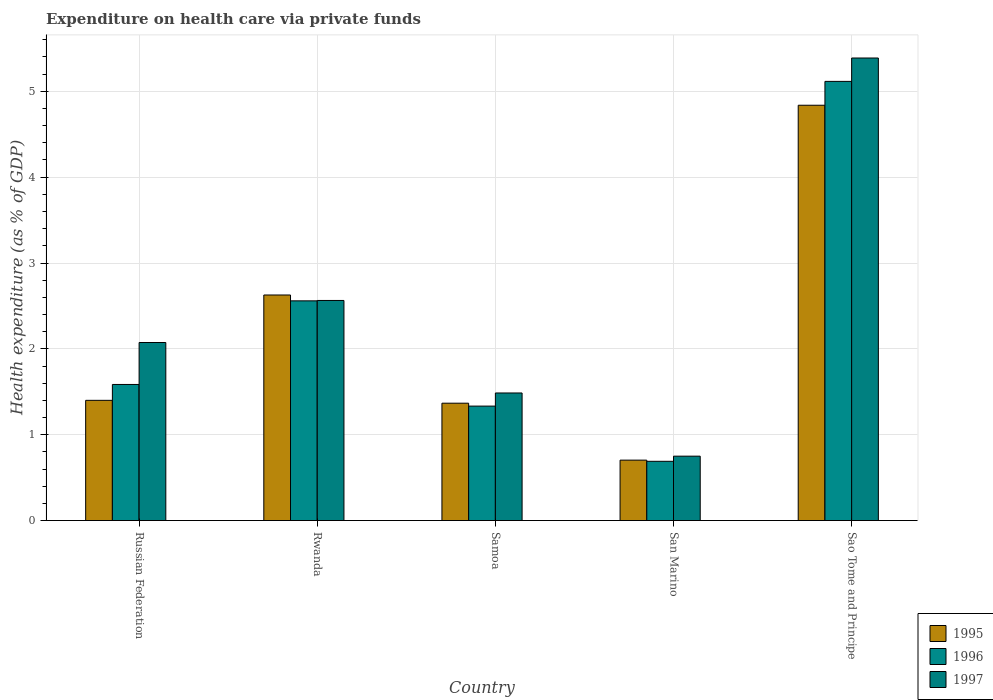
| Country | 1995 | 1996 | 1997 |
 | --- | --- | --- | --- |
 | Russian Federation | 1.4 | 1.59 | 2.07 |
 | Rwanda | 2.63 | 2.56 | 2.56 |
 | Samoa | 1.37 | 1.33 | 1.49 |
 | San Marino | 0.704 | 0.69 | 0.75 |
 | Sao Tome and Principe | 4.84 | 5.12 | 5.39 |